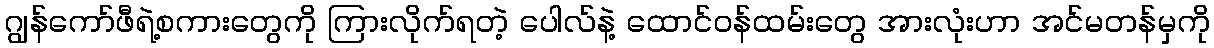
ဂျွန်ကော်ဖီရဲ့စကားတွေကို ကြားလိုက်ရတဲ့ ပေါလ်နဲ့ ထောင်ဝန်ထမ်းတွေ အားလုံးဟာ အင်မတန်မှကို